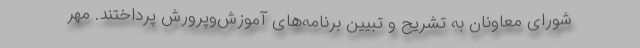
شورای معاونان به تشریح و تبیین برنامه‌های آموزش‌وپرورش پرداختند. مهر